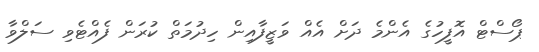
ޕޯސްޓް އޮފީހުގެ އެންމެ ދަށް އެއް ވަޒީފާއިން ހިދުމަތް ކުރަން ފެއްޓެވި ސަލްވާ